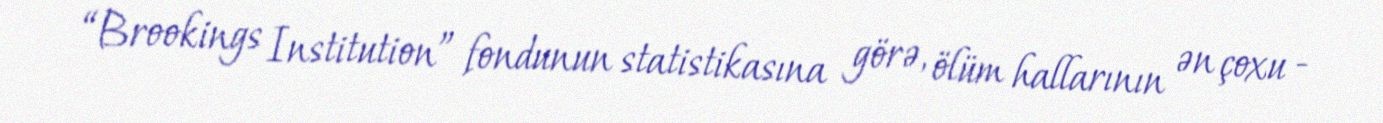
“Brookings Institution” fondunun statistikasına görə, ölüm hallarının ən çoxu -